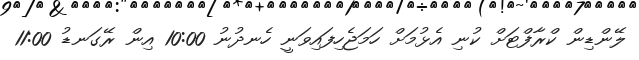
ލޭންޑިން ކްރާފްޓަށް ކުނި އެޅުމަށް ހަމަޖެހިފައިވަނީ ހެނދުނު 10:00 އިން ރޭގަނޑު 11:00